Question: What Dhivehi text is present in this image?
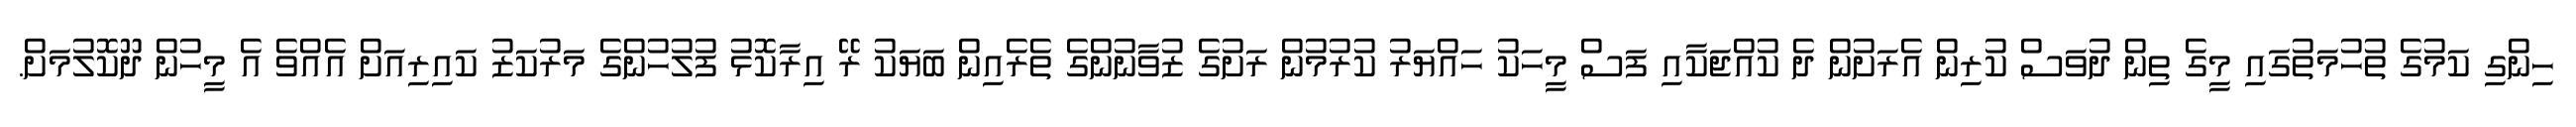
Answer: ހިންގި ކަމުގެ ތުހުމަތުގައި މީގެ ތިން ދުވަސް ކުރިން އެރަށުން ދެ ކުއްޖަކާއި ފަސް މީހަކު ހައްޔަރު ކުރުމުން ރަށުގެ ޒުވާނުންގެ ތެރެއިން ބަޔަކު ރޭ އިރާކޮޅު ފުލުހުންގެ މަރުކަޒު ކައިރިއަށް އެއްވެ އެ މީހުން ދޫކޮލުމަށް.